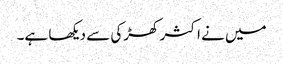
میں نے اکثر کھڑکی سے دیکھا ہے۔